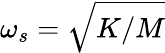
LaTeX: \omega_{s}=\sqrt{K/M}